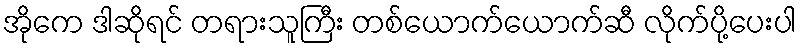
အိုကေ ဒါဆိုရင် တရားသူကြီး တစ်ယောက်ယောက်ဆီ လိုက်ပို့ပေးပါ